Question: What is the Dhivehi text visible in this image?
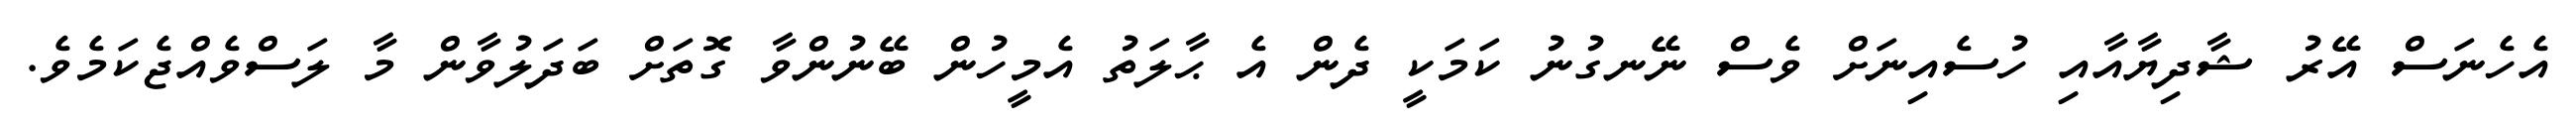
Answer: އެހެނަސް އޭރު ޝާދިޔާއާއި ހުސެއިނަށް ވެސް ނޭނގުނު ކަމަކީ ދެން އެ ޙާލަތު އެމީހުން ބޭނުންވާ ގޮތަށް ބަދަލުވާން މާ ލަސްވެއްޖެކަމެވެ.